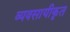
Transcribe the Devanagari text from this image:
व्यवसायीकृत